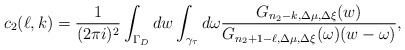
\begin{align*}c_2(\ell,k)=\frac 1{(2\pi i)^2}\int_{\Gamma_{D}}dw\int_{\gamma_{\tau}}d\omega\frac{G_{n_2-k,\Delta\mu,\Delta\xi}(w)}{G_{n_2+1-\ell,\Delta\mu,\Delta\xi}(\omega)(w-\omega)},\end{align*}